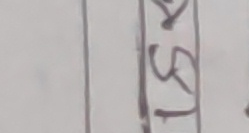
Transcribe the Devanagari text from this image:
२५७